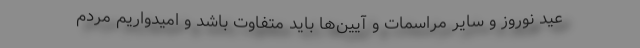
عید نوروز و سایر مراسمات و آیین‌ها باید متفاوت باشد و امیدواریم مردم